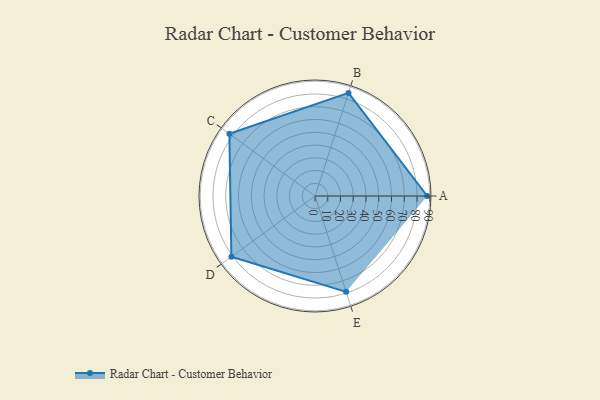
{"axis": {"x": "Skill", "y": "Score"}, "legend": ["Profile"], "data": [{"x": "A", "y": 88.0, "type": "Profile"}, {"x": "B", "y": 85.0, "type": "Profile"}, {"x": "C", "y": 83.0, "type": "Profile"}, {"x": "D", "y": 81.0, "type": "Profile"}, {"x": "E", "y": 79.0, "type": "Profile"}]}